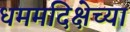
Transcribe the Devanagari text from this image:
धममदिक्षेच्या